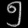
Digit: ၅